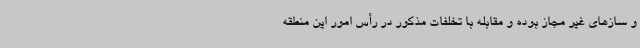
و سازهای غیر مجاز بوده و مقابله با تخلفات مذکور در رأس امور این منطقه